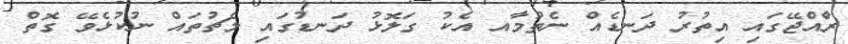
ރާްއްޖޭގައި އިތުރު ދަނޑެއް ނެތުމާއ އެކު ގަލޮޅު ދަނޑުގައި މެޗުތައް ނުކުޅެވޭ ގޮތް